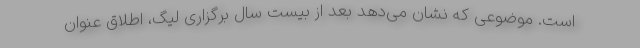
است. موضوعی که نشان می‌دهد بعد از بیست سال برگزاری لیگ، اطلاق عنوان